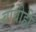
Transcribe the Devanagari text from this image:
बाबीही